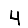
Digit: 4